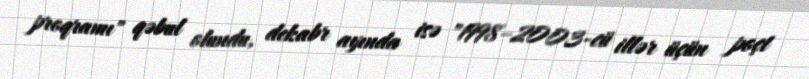
proqramı" qəbul olundu, dekabr ayında isə "1998–2003-cü illər üçün poçt